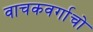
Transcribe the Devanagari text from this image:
वाचकवर्गाचो